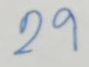
29